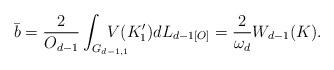
LaTeX: \begin{align*}\bar{b}= \frac{2}{O_{d-1}} \int_{G_{d-1,1}}\!\!\!\!\!\!\!\!\!V(K'_{1})dL_{d-1 [O]} = \frac{2}{\omega_d}W_{d-1}(K) .\end{align*}